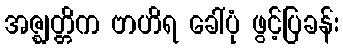
အဇ္ဈတ္တိက ဗာဟိရ ခေါ်ပုံ ဖွင့်ပြခန်း